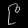
Digit: ၉